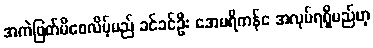
အကဲဖြတ်မိစေလိမ့်မည် ခင်ခင်ဦး အေမရိကန်င အလုပ်ရရှိမည်ဟု